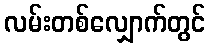
လမ်းတစ်လျှောက်တွင်